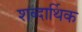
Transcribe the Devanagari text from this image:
शब्दार्थिक